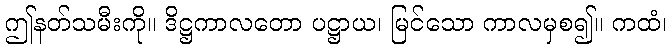
ဤနတ်သမီးကို။ ဒိဋ္ဌကာလတော ပဋ္ဌာယ၊ မြင်သော ကာလမှစ၍။ ကထံ၊